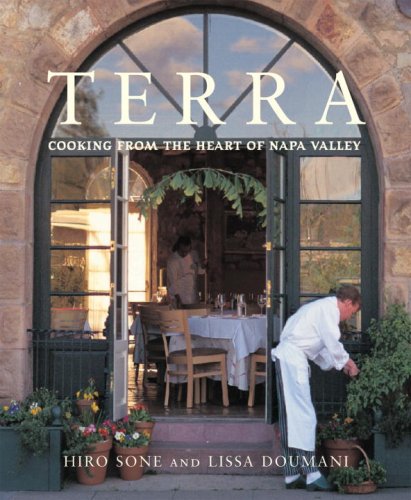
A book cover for Terra: Cooking from the Heart of Napa Valley; Hiro Sone; Cookbooks, Food & Wine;